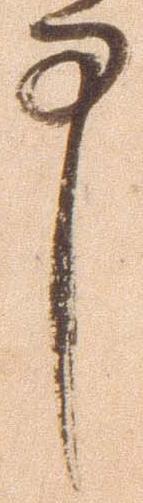
中